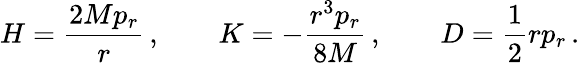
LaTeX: H={\frac{2Mp_{r}}{r}}\, ,\qquad K=-{\frac{r^{3}p_{r}}{8M}}\, ,\qquad D={\frac{1}{2}}rp_{r}\, .